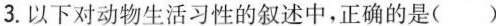
3.以下对动物生活习性的叙述中，正确的是()